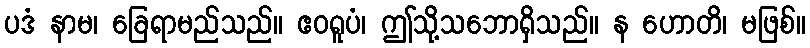
ပဒံ နာမ၊ ခြေရာမည်သည်။ ဧဝရူပံ၊ ဤသို့သဘောရှိသည်။ န ဟောတိ၊ မဖြစ်။